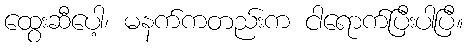
ထွေးဆီပေါ့၊ မနက်ကတည်းက ငါရောက်ပြီးပါပြီ။